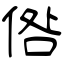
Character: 倃